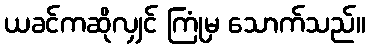
ယခင်ကဆိုလျှင် ကြုံမှ သောက်သည်။